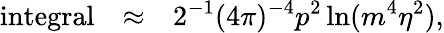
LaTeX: \begin{array}{rcl}{{\mathrm{integral}}}&{{\approx}}&{{\displaystyle 2^{-1}(4\pi)^{-4}p^{2}\ln(m^{4}\eta^{2}),}}\end{array}